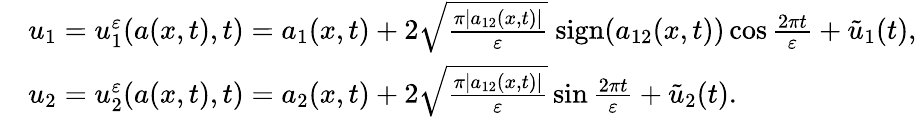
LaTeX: \begin{array}{rl}&{u_{1}=u_{1}^{\varepsilon}(a(x,t),t)=a_{1}(x,t)+2\sqrt{\frac{\pi|a_{12}(x,t)|}{\varepsilon}}\ \mathrm{sign}(a_{12}(x,t))\cos{\frac{2\pi t}{\varepsilon}}+\tilde{u}_{1}(t),}\\ &{u_{2}=u_{2}^{\varepsilon}(a(x,t),t)=a_{2}(x,t)+2\sqrt{\frac{\pi|a_{12}(x,t)|}{\varepsilon}}\sin{\frac{2\pi t}{\varepsilon}}+\tilde{u}_{2}(t).}\end{array}